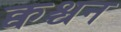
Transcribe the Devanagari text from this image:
क्वश्चन